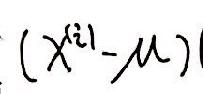
\((X^{(i)} - \mu)\)